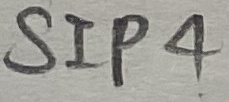
Text: SIP4